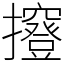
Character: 𢹑